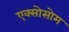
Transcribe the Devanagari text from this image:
एक्सोसोम